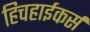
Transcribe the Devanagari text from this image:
हिचहाईकर्स